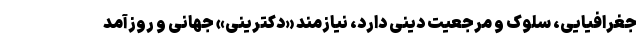
جغرافیایی، سلوک و مرجعیت دینی دارد، نیازمند «دکترینی» جهانی و روزآمد